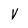
Character: Y